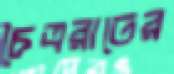
চৈত্ররাতের